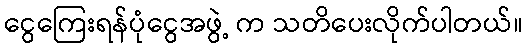
ငွေကြေးရန်ပုံငွေအဖွဲ့ က သတိပေးလိုက်ပါတယ်။